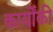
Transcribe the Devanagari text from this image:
कार्योंकी